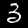
Digit: 3